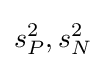
s_{P}^{2},s_{N}^{2}